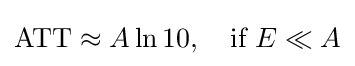
\mathrm {ATT} \approx A\ln 10,\quad {\text{if}}\ E\ll A